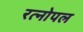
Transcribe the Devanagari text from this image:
रत्नोपल